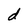
Character: d